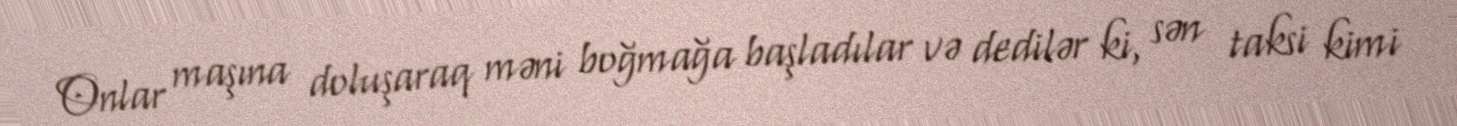
Onlar maşına doluşaraq məni boğmağa başladılar və dedilər ki, sən taksi kimi